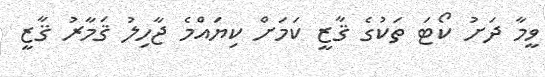
ވީމާ ދަށު ކޯޓަ ތަކުގެ ޤާޒީ ކަމަށް ކިޔައްމެ ޖާހިލު ޤަމާރު ޤާޒީ